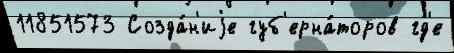
11851573 Созда́н'иjе губ'ерна́торов гд'е